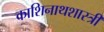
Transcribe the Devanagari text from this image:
काशिनाथशास्त्री